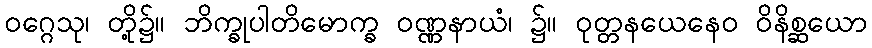
ဝဂ္ဂေသု၊ တို့၌။ ဘိက္ခုပါတိမောက္ခ ဝဏ္ဏနာယံ၊ ၌။ ဝုတ္တနယေနေဝ ဝိနိစ္ဆယော